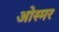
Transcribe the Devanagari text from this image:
ओस्मर